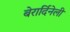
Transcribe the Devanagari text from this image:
बेरार्दिनेली